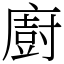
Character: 廚